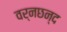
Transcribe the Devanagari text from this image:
वर्नछन्द